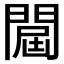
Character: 𨵠